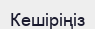
Кешіріңіз